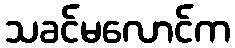
သခင်မလောင်က